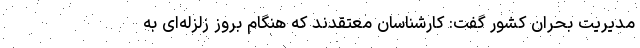
مدیریت بحران کشور گفت: کارشناسان معتقدند که هنگام بروز زلزله‌ای به